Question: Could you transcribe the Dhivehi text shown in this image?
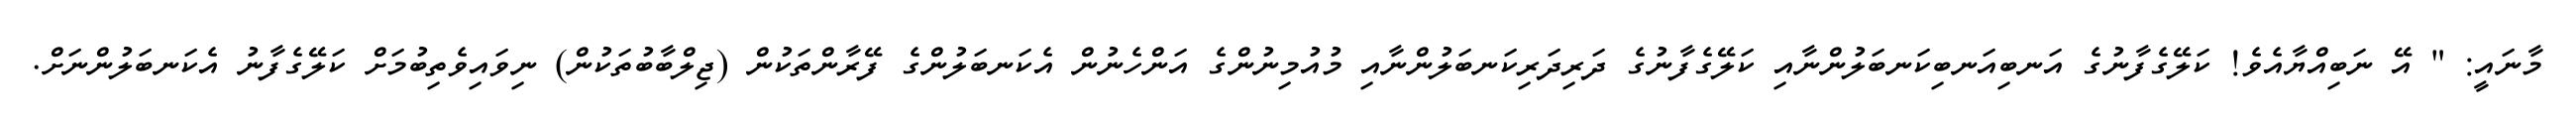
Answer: މާނައީ: " އޭ ނަބިއްޔާއެވެ! ކަލޭގެފާނުގެ އަނބިއަނބިކަނބަލުންނާއި ކަލޭގެފާނުގެ ދަރިދަރިކަނބަލުންނާއި މުއުމިނުންގެ އަންހެނުން އެކަނބަލުންގެ ފޭރާންތަކުން (ޖިލްބާބުތަކުން) ނިވައިވެތިބުމަށް ކަލޭގެފާނު އެކަނބަލުންނަށް.